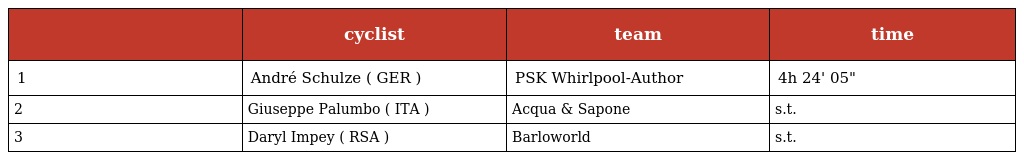
|  | cyclist | team | time |
 | --- | --- | --- | --- |
 | 1 | André Schulze ( GER ) | PSK Whirlpool-Author | 4h 24' 05" |
 | 2 | Giuseppe Palumbo ( ITA ) | Acqua & Sapone | s.t. |
 | 3 | Daryl Impey ( RSA ) | Barloworld | s.t. |